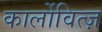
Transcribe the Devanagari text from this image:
कार्लोवित्ज़